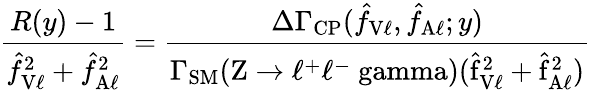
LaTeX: {\frac{R(y)-1}{\hat{f}_{\mathrm{V\ell}}^{2}+\hat{f}_{\mathrm{A\ell}}^{2}}}={\frac{\Delta\Gamma_{\mathrm{CP}}(\hat{f}_{\mathrm{V\ell}},\hat{f}_{\mathrm{A\ell}};y)}{\Gamma_{\mathrm{SM}}(\mathrm{Z\to\ell^{+}\ell^{-}\ gamma)(\hat{f}_{\mathrm{V\ell}}^{2}+\hat{f}_{\mathrm{A\ell}}^{2})}}}